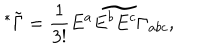
LaTeX: ^ * \tilde { \Gamma } = { \frac { 1 } { 3 ! } } \widetilde { E ^ { a } E ^ { b } E ^ { c } \Gamma _ { a b c } } ,